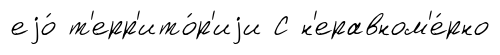
еjо́ т'ерр'ито́р'иjи С н'еравном'е́рно